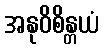
အနုဝိစိန္တယံ